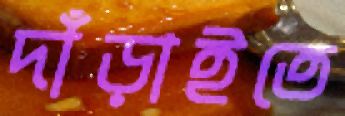
দাঁড়াইতে